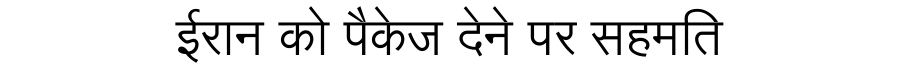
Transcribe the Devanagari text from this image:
ईरान को पैकेज देने पर सहमति